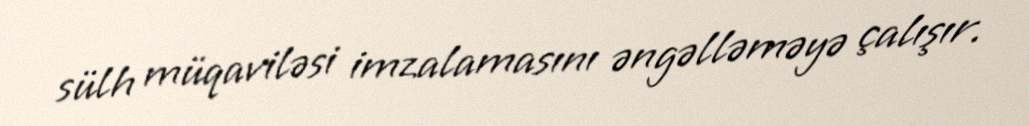
sülh müqaviləsi imzalamasını əngəlləməyə çalışır.